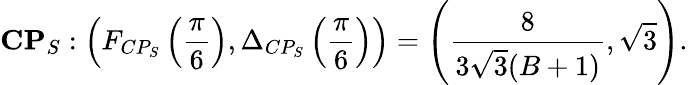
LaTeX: \textbf{CP}_{S}:\left(F_{CP_{S}}\left(\frac{\pi}{6}\right),\Delta_{CP_{S}}\left(\frac{\pi}{6}\right)\right)=\left(\frac{8}{3\sqrt{3}(B+1)},\sqrt{3}\right).